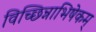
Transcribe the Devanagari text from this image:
विच्छिन्नाभिषेकम्